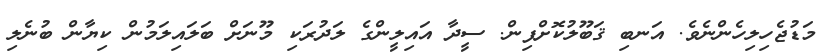
މަޑުޖެހިލިހެންނެވެ. އަނބި ޤަބޫލުކޮށްފިން. ސީދާ އައިލީންގެ ލަދުރަކި މޫނަށް ބަލައިލަމުން ކިޔާން ބުނެލި